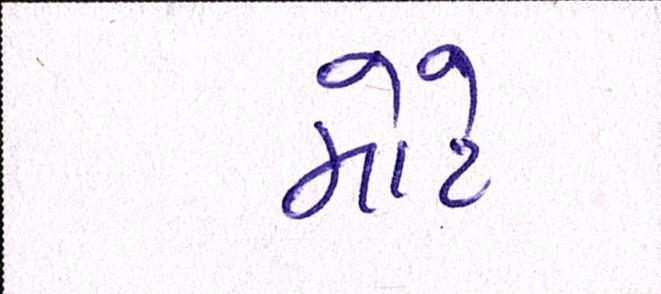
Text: મોટે